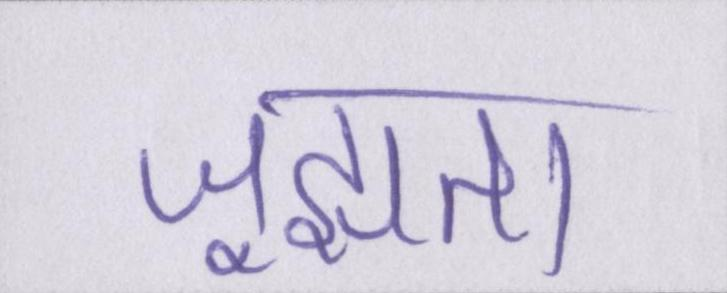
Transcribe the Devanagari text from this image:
जूझता